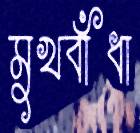
মুখবাঁধা